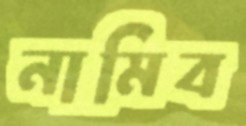
নামিব